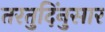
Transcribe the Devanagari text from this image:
तरतुदिंनुसार